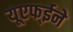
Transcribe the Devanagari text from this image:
यूएफ्ईने